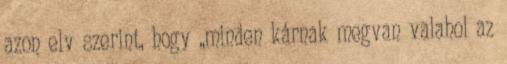
azon elv szerint, hogy „minden kárnak megvan valahol az